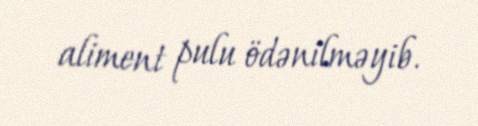
aliment pulu ödənilməyib.